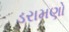
ડરામણો